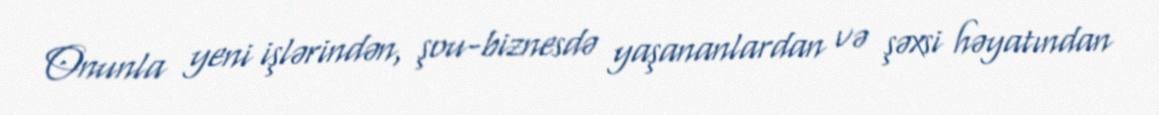
Onunla yeni işlərindən, şou-biznesdə yaşananlardan və şəxsi həyatından